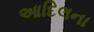
આદિલના